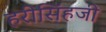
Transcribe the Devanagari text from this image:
हरीसिंहजी